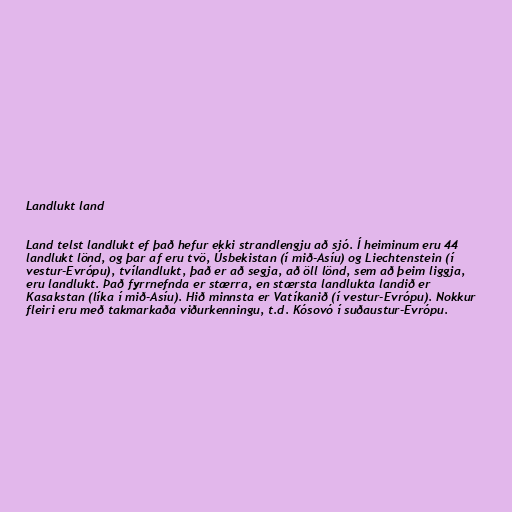
Landlukt land

Land telst landlukt ef það hefur ekki strandlengju að sjó. Í heiminum eru 44
landlukt lönd, og þar af eru tvö, Úsbekistan (í mið-Asíu) og Liechtenstein (í
vestur-Evrópu), tvílandlukt, það er að segja, að öll lönd, sem að þeim liggja,
eru landlukt. Það fyrrnefnda er stærra, en stærsta landlukta landið er
Kasakstan (líka í mið-Asíu). Hið minnsta er Vatíkanið (í vestur-Evrópu). Nokkur
fleiri eru með takmarkaða viðurkenningu, t.d. Kósovó í suðaustur-Evrópu.